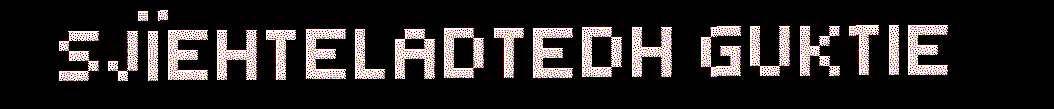
SJÏEHTELADTEDH GUKTIE